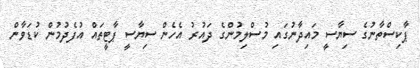
ޕާކިސްތާނުގެ ސިޔާސީ މައިދާނުގައި މުސްލިމުންގެ ދައުރު އެހެން ސިޔާސީ ޕާޓީތައް އުފެދުމުން ކުޑަވާން